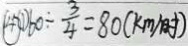
\textcircled { 4 } \textcircled { 1 } 6 0 \div \frac { 3 } { 4 } = 8 0 ( k m / 时 )